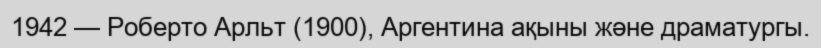
1942 — Роберто Арльт (1900), Аргентина ақыны және драматургы.